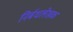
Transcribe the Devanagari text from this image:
निर्बधलेखक